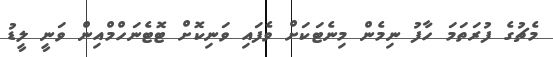
މެޗުގެ ފުރަތަމަ ހާފު ނިމެން މިނެޓަކަށް ވެފައި ވަނިކޮށް ޓޮޓެނަހްމްއިން ވަނީ ލީޑު